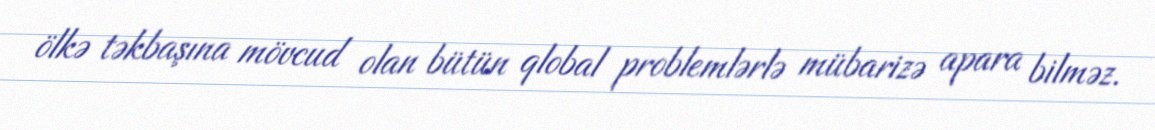
ölkə təkbaşına mövcud olan bütün qlobal problemlərlə mübarizə apara bilməz.